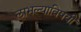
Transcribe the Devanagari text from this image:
लाभल्याविषयी